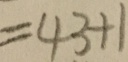
= 4 3 + 1